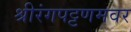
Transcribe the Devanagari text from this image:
श्रीरंगपट्टणमवर